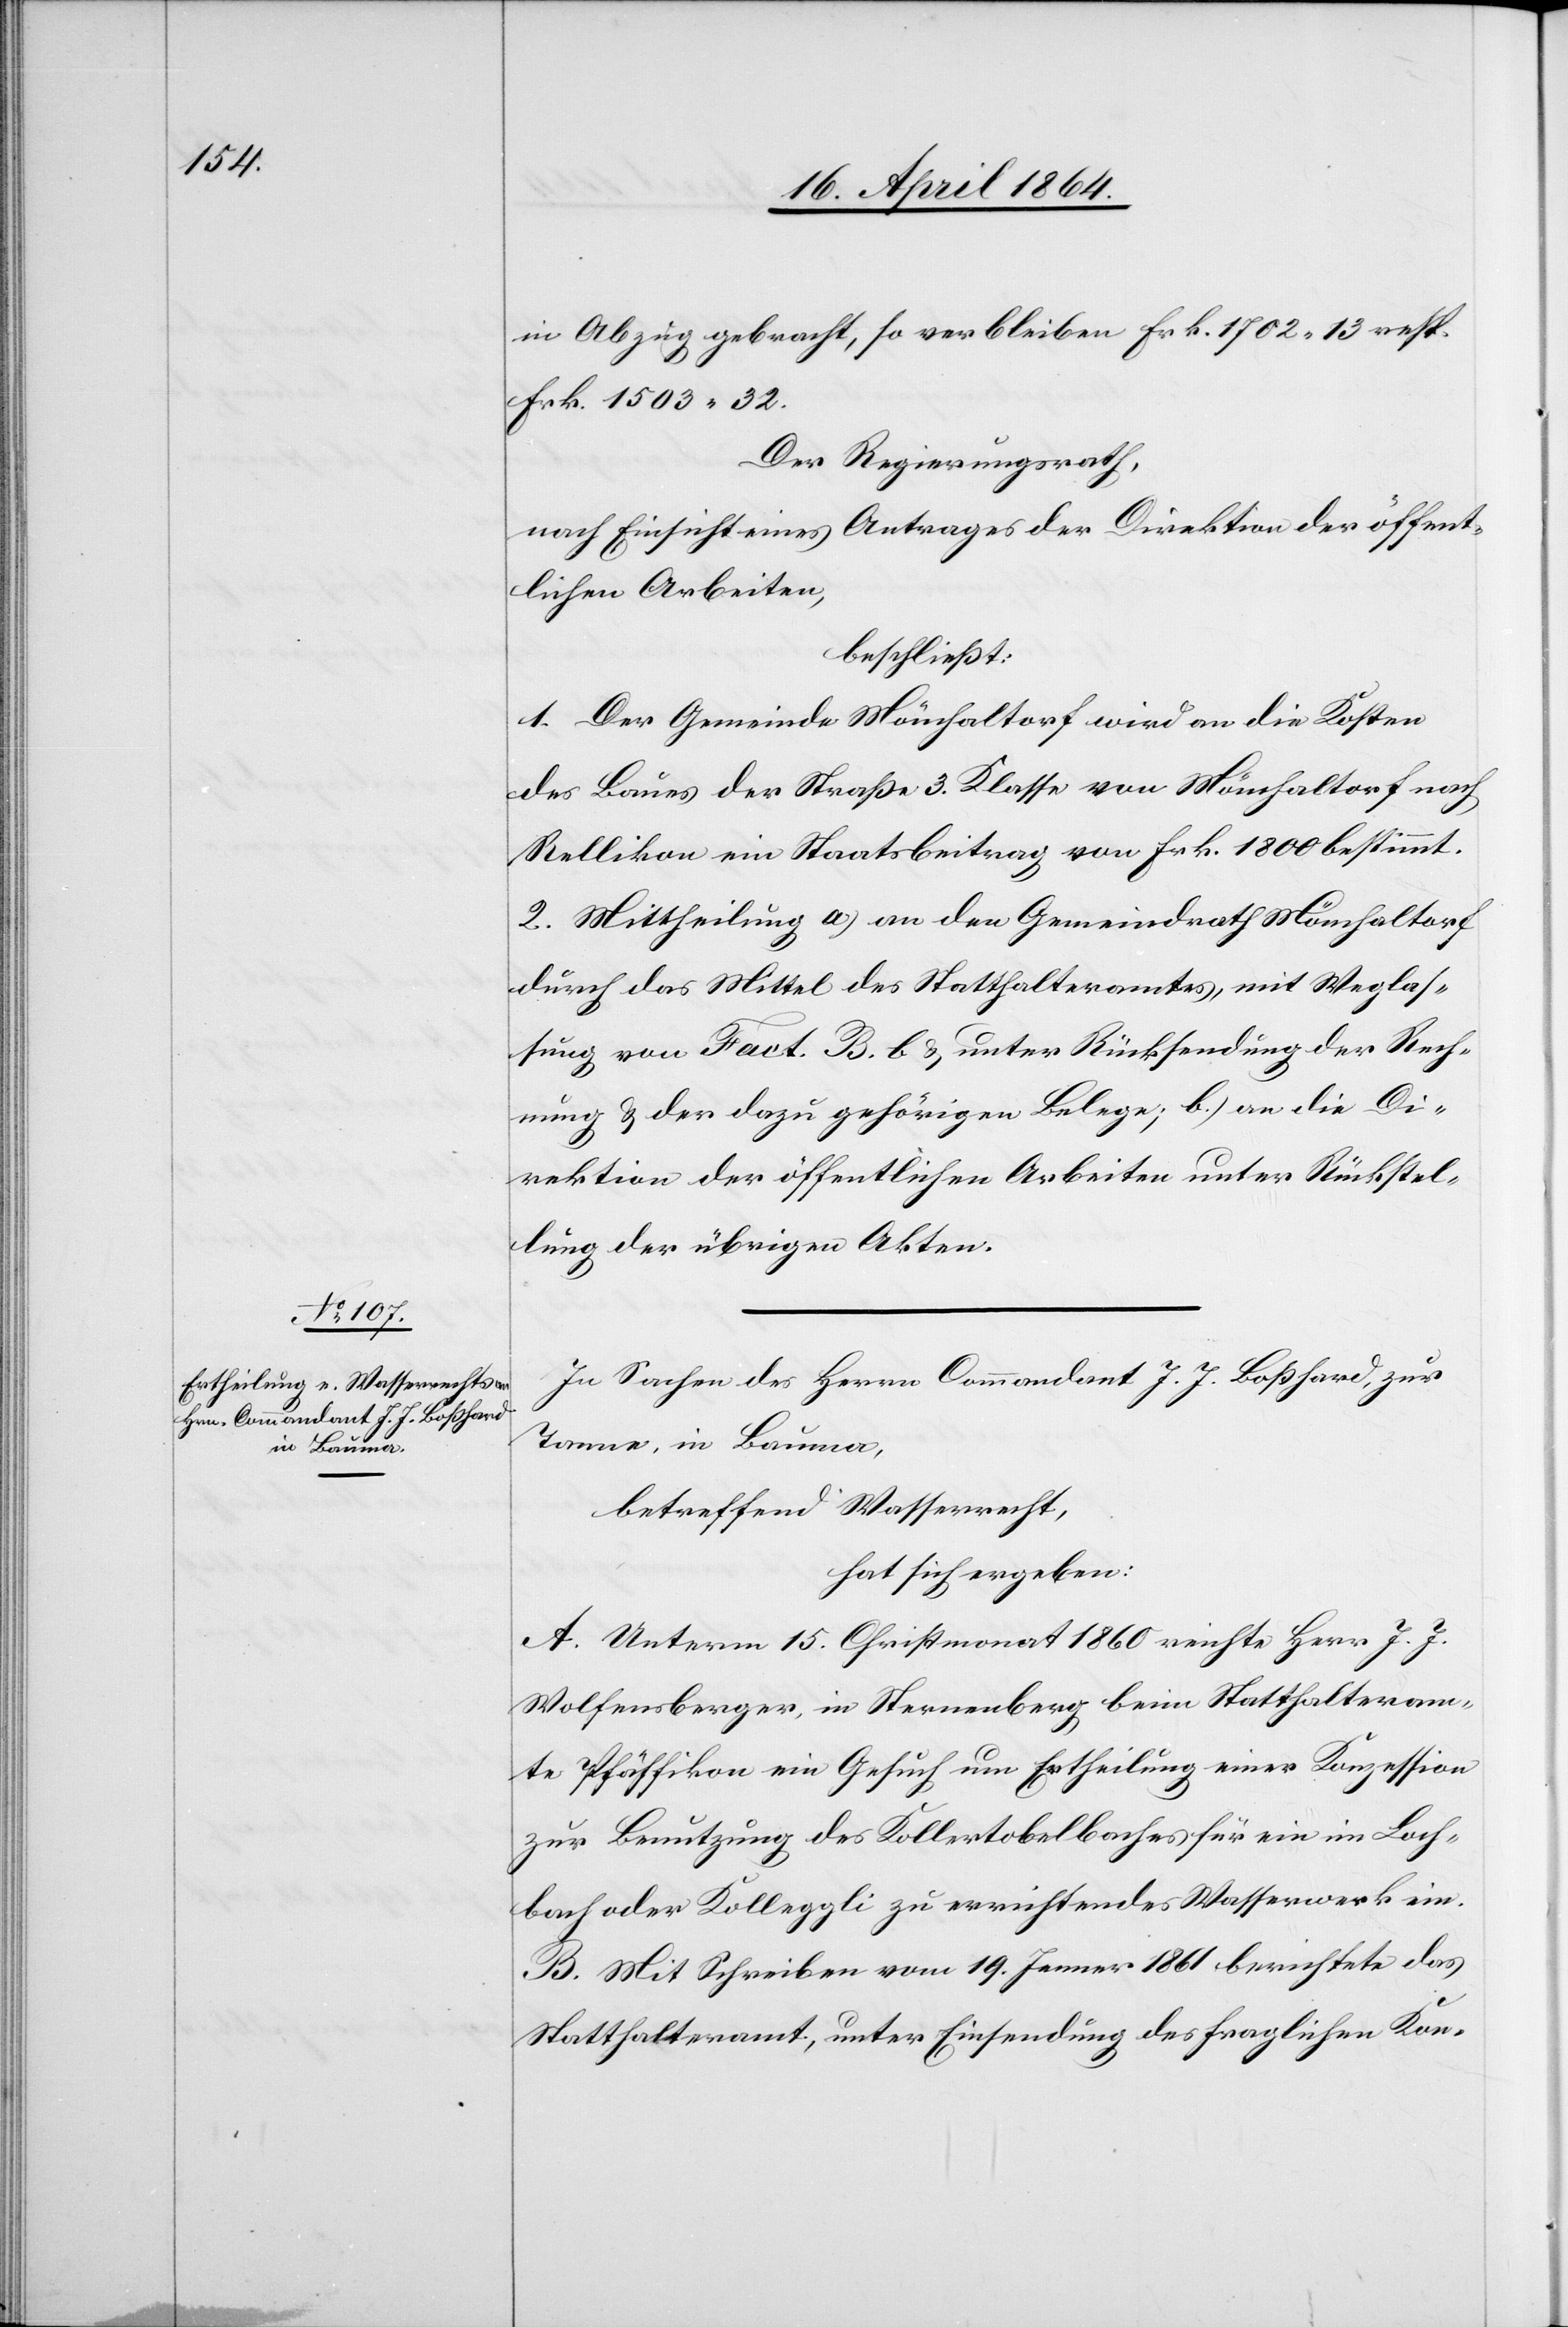
in Abzug gebracht, so verbleiben Frk. 1702 13 resp.
Frk. 1503 32.
Der Regierungsrath,
nach Einsicht eines Antrages der Direktion der öffent¬
lichen Arbeiten,
beschließt:
1. Der Gemeinde Mönchaltorf wird an die Kosten
des Baues der Straße 3. Klasse von Mönchaltorf nach
Rellikon ein Staatsbeitrag von Frk. 1800 bestimmt.
2. Mittheilung a) an den Gemeindrath Mönchaltorf
durch das Mittel des Statthalteramtes, mit Weglas¬
sung von Fact. B. b. u. unter Rücksendung der Rech¬
nung u. der dazu gehörigen Belege; b.) an die Di¬
rektion der öffentlichen Arbeiten unter Rückstel¬
lung der übrigen Akten.